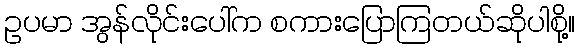
ဥပမာ အွန်လိုင်းပေါ်က စကားပြောကြတယ်ဆိုပါစို့။